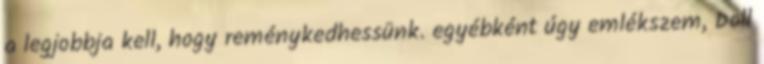
a legjobbja kell, hogy reménykedhessünk. egyébként úgy emlékszem, Doll